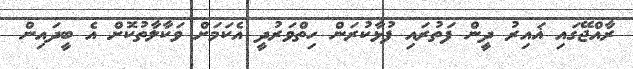
ރާއްޖޭގައި ޣައިރު ދީން ފަތުރައި ފުޅާކުރަން ހިތްވަރުދީ އެކަމަށް ވަކާލާތުކޮށް އެ ބީދައިން